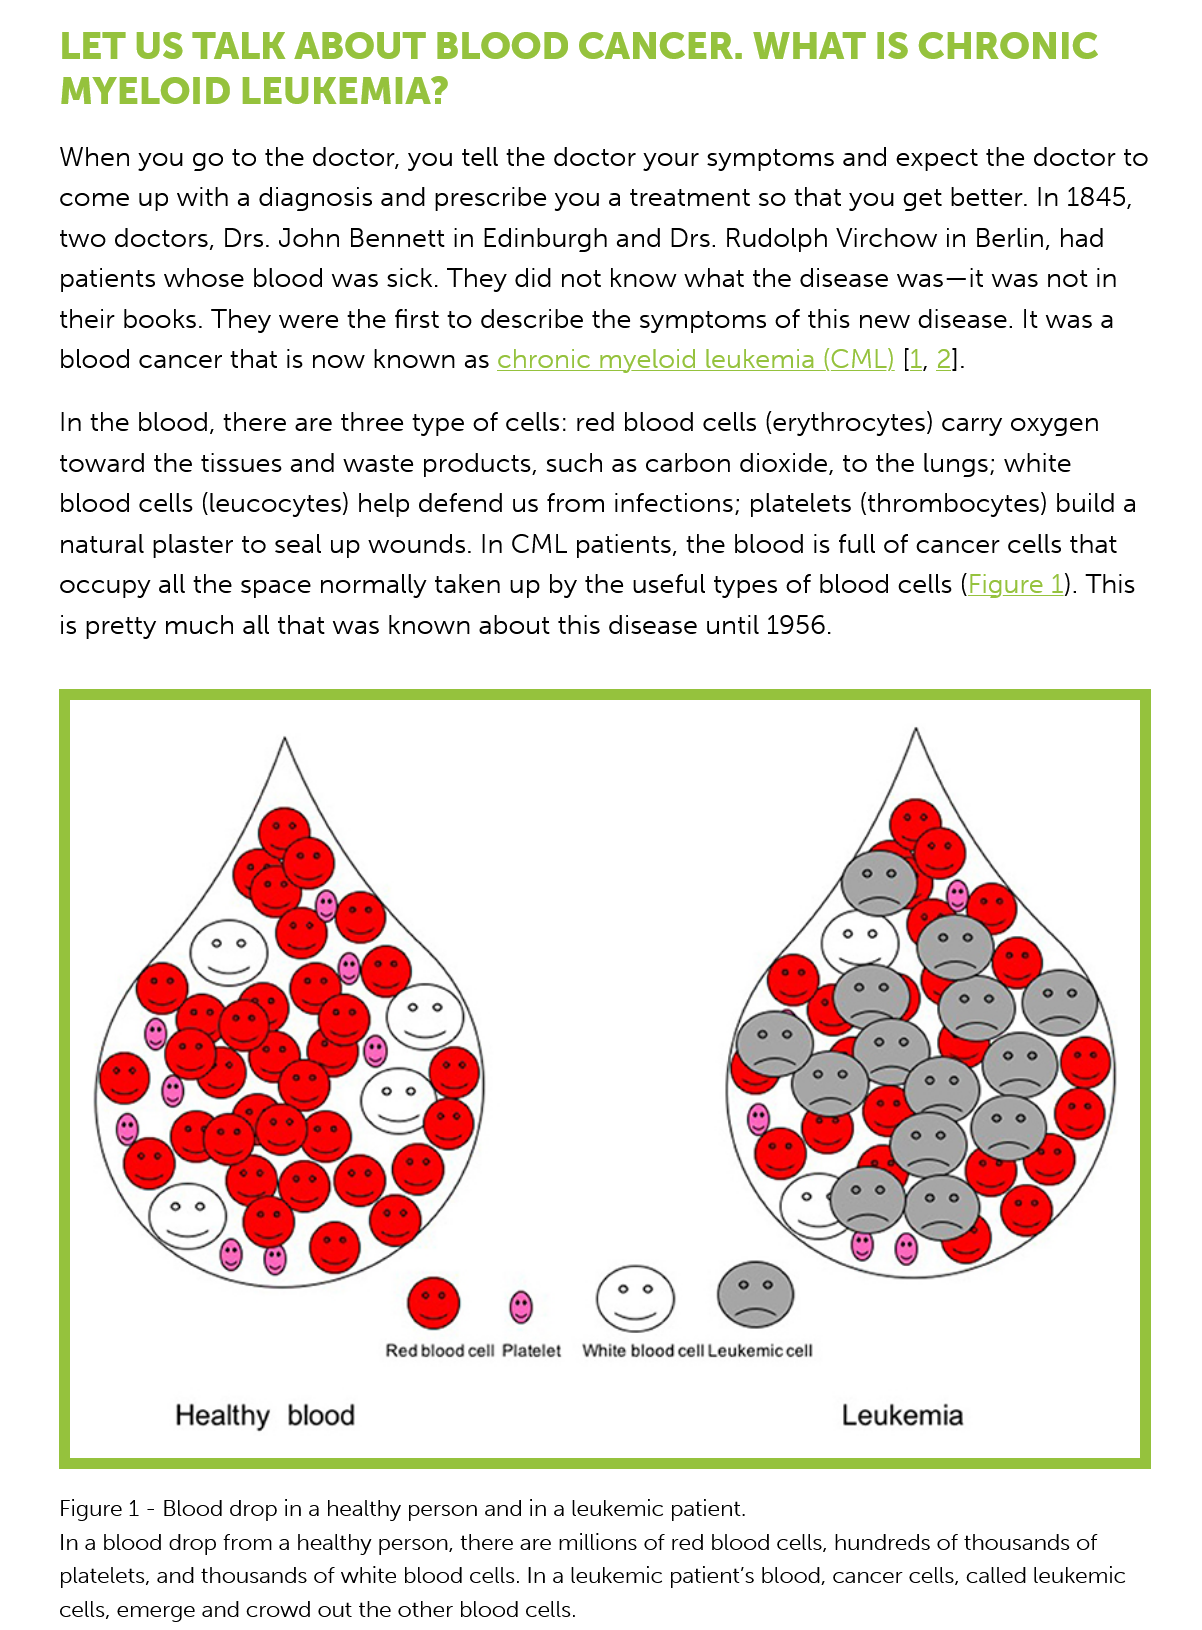
LET   US   TALK    ABOUT    BLOOD    CANCER.    WHAT    IS    CHRONIC
     MYELOID    LEUKEMIA?
     When you go  to  the  doctor, you tell the doctor your  symptoms  and   expect  the doctor  to
     come up with   a diagnosis and  prescribe you  a treatment  so that you  get better. In 1845,
     two doctors,  Drs. John  Bennett  in Edinburgh  and  Drs. Rudolph  Virchow in  Berlin, had
     patients whose blood   was sick. They  did not know   what  the disease was—it  was  not in
     their books. They  were the first to describe the symptoms  of this  new  disease. It was a
     blood  cancer that is now  known   as chronic myeloid   leukemia  (CML)  [1, 2].
     In the blood, there are three type of cells: red blood cells (erythrocytes) carry oxygen
     toward  the tissues and waste  products,  such as carbon  dioxide, to the lungs; white
     blood  cells (leucocytes) help defend  us from  infections; platelets (thrombocytes)  build a
     natural plaster to seal up wounds.  In CML patients,  the blood is full of cancer cells that
     occupy all the space  normally  taken  up by the useful types  of blood cells (Figure  1). This
     is pretty much all that was known   about this disease  until 1956.
     Figure 1
     -
     Blood drop in a healthy person and in a leukemic patient.
     In a blood drop from a healthy person, there are millions of red blood cells, hundreds of thousands of
     platelets, and thousands of white blood cells. In a leukemic patient's blood, cancer cells, called leukemic
     cells, emerge and crowd out the other blood cells.